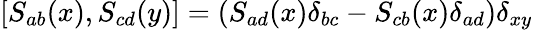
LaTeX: \left[S_{ab}(x),S_{cd}(y)\right]=(S_{ad}(x)\delta_{bc}-S_{cb}(x)\delta_{ad})\delta_{xy}